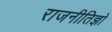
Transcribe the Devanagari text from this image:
राजनीतिज्ञो